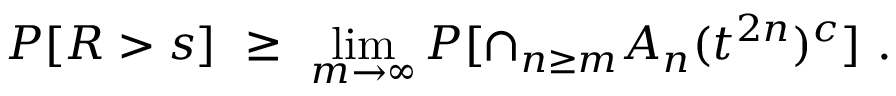
P [ R > s ] \ \ge \ \operatorname * { l i m } _ { m \to \infty } P [ \cap _ { n \ge m } A _ { n } ( t ^ { 2 n } ) ^ { c } ] \ .